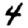
Digit: 4